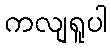
ကလျရူပါ